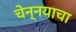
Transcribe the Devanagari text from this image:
चेन्नयाचा